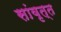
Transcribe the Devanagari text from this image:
सांवृत्त